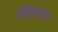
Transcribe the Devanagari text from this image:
इंडियाः